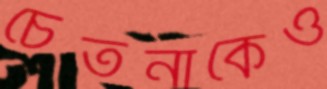
চেতনাকেও